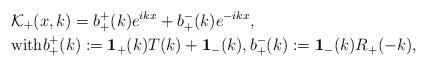
LaTeX: \begin{align*}& \mathcal{K}_+(x,k) = b_+^+(k) e^{ikx} + b_+^-(k) e^{-ikx},\\& \mbox{with} b^+_+(k) := \mathbf{1}_{+}(k)T(k) + \mathbf{1}_{-}(k), b_+^-(k) := \mathbf{1}_{-}(k)R_+(-k),\end{align*}